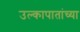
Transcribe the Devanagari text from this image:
उल्कापातांच्या